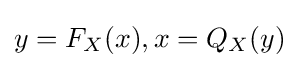
y=F_{X}(x),x=Q_{X}(y)